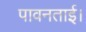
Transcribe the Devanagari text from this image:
पावनताई।